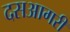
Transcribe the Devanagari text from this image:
दसआगरी